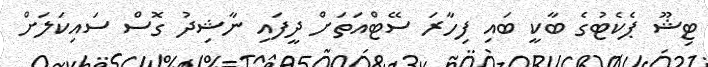
ޓިޝޫ ޕެކެޓުގެ ބާކީ ބައި ފިހާރަ ސޭޓްއަތަށް ދީފައި ނާޝިދު ގޮސް ސައިކަލަށް